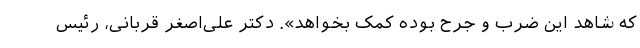
كه شاهد این ضرب و جرح بوده کمک بخواهد». دکتر علی‌اصغر قربانی، رئیس